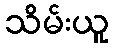
သိမ်းယူ